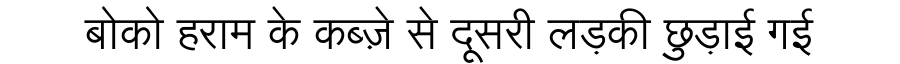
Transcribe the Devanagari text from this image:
बोको हराम के कब्ज़े से दूसरी लड़की छुड़ाई गई